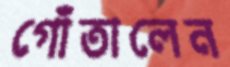
গোঁতালেন